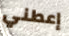
إعطني